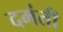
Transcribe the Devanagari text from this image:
दमंती